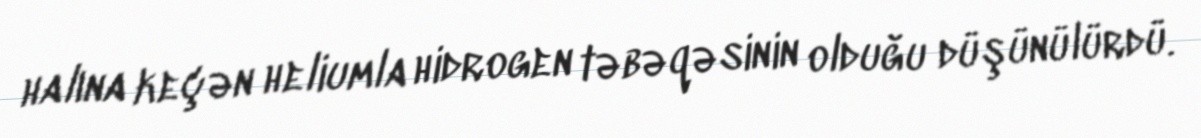
halına keçən heliumla hidrogen təbəqəsinin olduğu düşünülürdü.